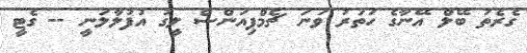
ގެރެތު ބޭލް އޭނާގެ ހަތަރު ވަނަ ޗެމްޕިއަންސް ލީގު އުފުލާލަނީ -- ގެޓީ